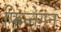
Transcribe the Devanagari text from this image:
फिन्नेगन